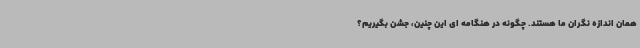
همان اندازه نگران ما هستند. چگونه در هنگامه ای این چنین، جشن بگیریم؟